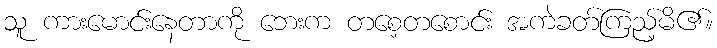
သူ ကားမောင်းနေတာကို ဘေးက တစေ့တစောင်း အကဲခတ်ကြည့်မိ၏။